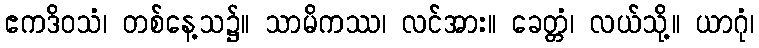
ဧကဒိဝသံ၊ တစ်နေ့သ၌။ သာမိကဿ၊ လင်အား။ ခေတ္တံ၊ လယ်သို့။ ယာဂုံ၊